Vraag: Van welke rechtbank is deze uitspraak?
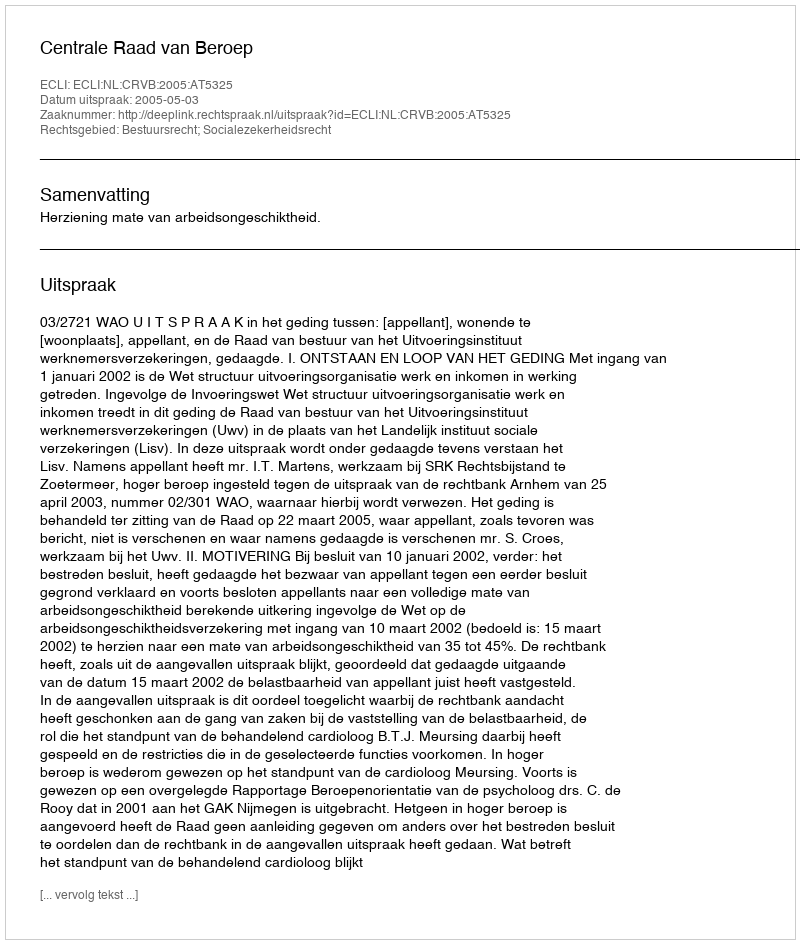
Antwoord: Centrale Raad van Beroep